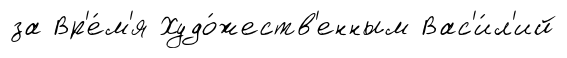
за Вр'е́м'я Худо́жеств'енным Вас'и́л'ий